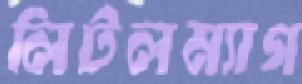
লিটলম্যাগ